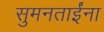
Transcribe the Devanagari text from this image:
सुमनताईंना